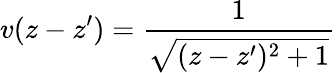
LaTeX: v(z-z^{\prime})=\frac{1}{\sqrt{(z-z^{\prime})^{2}+1}}